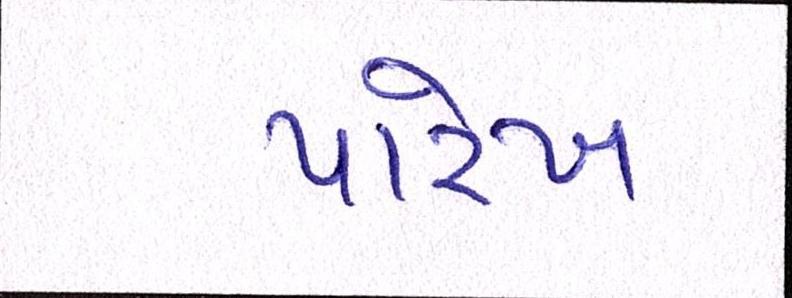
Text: પારેખ